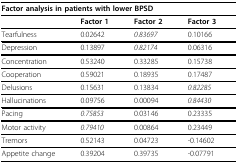
<table><thead><tr><td colspan="4"><b>Factor analysis in patients with lower BPSD</b></td></tr></thead><tbody><tr><td></td><td><b>Factor 1</b></td><td><b>Factor 2</b></td><td><b>Factor 3</b></td></tr><tr><td>Tearfulness</td><td>0.02642</td><td><i>0.83697</i></td><td>0.10166</td></tr><tr><td>Depression</td><td>0.13897</td><td><i>0.82174</i></td><td>0.06316</td></tr><tr><td>Concentration</td><td>0.53240</td><td>0.33285</td><td>0.15738</td></tr><tr><td>Cooperation</td><td>0.59021</td><td>0.18935</td><td>0.17487</td></tr><tr><td>Delusions</td><td>0.15631</td><td>0.13834</td><td><i>0.82285</i></td></tr><tr><td>Hallucinations</td><td>0.09756</td><td>0.00094</td><td><i>0.84430</i></td></tr><tr><td>Pacing</td><td><i>0.75853</i></td><td>0.03146</td><td>0.23335</td></tr><tr><td>Motor activity</td><td><i>0.79410</i></td><td>0.00864</td><td>0.23449</td></tr><tr><td>Tremors</td><td>0.52143</td><td>0.04723</td><td>-0.14602</td></tr><tr><td>Appetite change</td><td>0.39204</td><td>0.39735</td><td>-0.07791</td></tr></tbody></table>